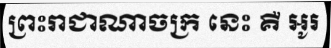
ព្រះរាជាណាចក្រ នេះ គឺ អូរ